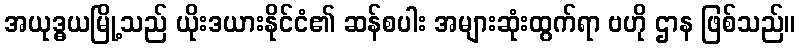
အယုဒ္ဓယမြို့သည် ယိုးဒယားနိုင်ငံ၏ ဆန်စပါး အများဆုံးထွက်ရာ ဗဟို ဌာန ဖြစ်သည်။